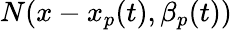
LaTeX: {N}(x-x_{p}(t),\beta_{p}(t))